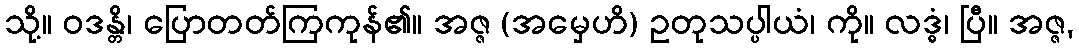
သို့။ ဝဒန္တိ၊ ပြောတတ်ကြကုန်၏။ အဇ္ဇ (အမှေဟိ) ဥတုသပ္ပါယံ၊ ကို။ လဒ္ဓံ၊ ပြီ။ အဇ္ဇ,